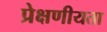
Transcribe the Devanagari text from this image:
प्रेक्षणीयता